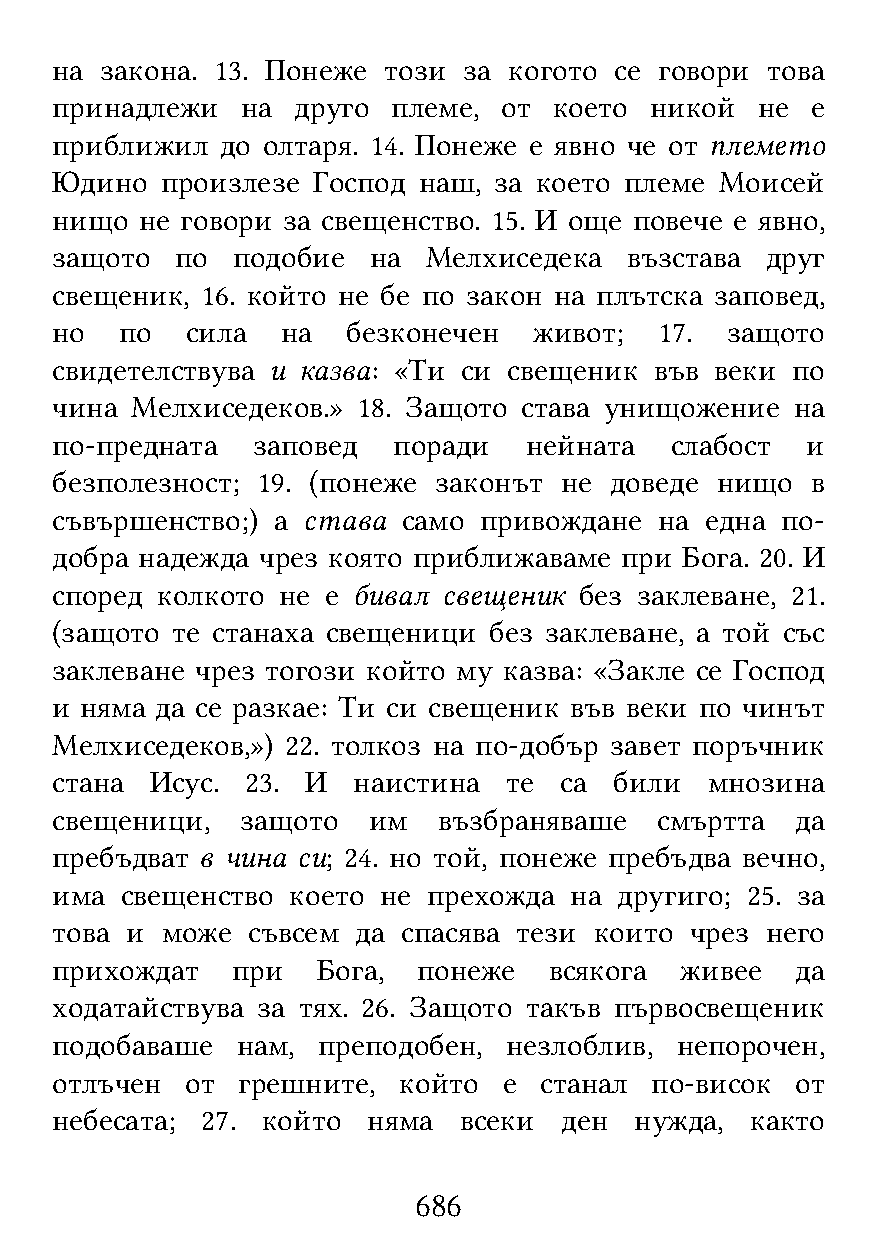
на  закона. 13. Понеже този за когото се говори това
 принадлежи   на друго  племе, от  което никой  не  е
 приближил   до олтаря. 14. Понеже е явно че от племето
 Юдино   произлезе Господ наш, за което племе Моисей
 нищо  не говори за свещенство. 15. И още повече е явно,
 защото   по подобие  на  Мелхиседека   възстава друг
 свещеник, 16. който не бе по закон на плътска заповед,
 но   по  сила   на  безконечен  живот;   17. защото
 свидетелствува и казва: «Ти си свещеник във веки по
 чина  Мелхиседеков.» 18. Защото става унищожение  на
 по-предната   заповед  поради   нейната  слабост  и
 безполезност; 19. (понеже законът не доведе нищо   в
 съвършенство;) а става  само привождане  на една по-
 добра надежда чрез която приближаваме при Бога. 20. И
 според колкото не  е бивал свещеник без заклеване, 21.
 (защото те станаха свещеници без заклеване, а той със
 заклеване чрез тогози който му казва: «Закле се Господ
 и няма да се разкае: Ти си свещеник във веки по чинът
 Мелхиседеков,») 22. толкоз на по-добър завет поръчник
 стана  Исус. 23. И  наистина   те са  били  мнозина
 свещеници,   защото  им   възбраняваше   смъртта  да
 пребъдват в чина си; 24. но той, понеже пребъдва вечно,
 има  свещенство което не прехожда  на другиго; 25. за
 това и  може съвсем  да спасява тези които чрез него
 прихождат   при   Бога,  понеже  всякога  живее   да
 ходатайствува за тях. 26. Защото такъв първосвещеник
 подобаваше   нам, преподобен,  незлоблив, непорочен,
 отлъчен  от  грешните, който  е  станал по-висок  от
 небесата; 27. който  няма  всеки  ден  нужда,  както
 686